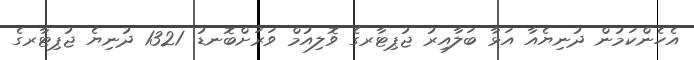
އެހެންކަމުން ދުނިޔެއާ އަޅާ ބަލާއިރު ޖުޕިޓާރގެ ވޮލިއުމް ވަރަށްބޮނޑު. 1321 ދުނިޔެ ޖުޕިޓާރގެ